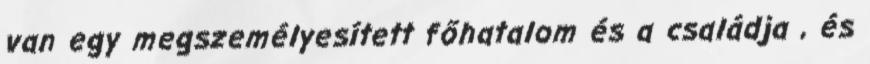
van egy megszemélyesített főhatalom és a családja , és